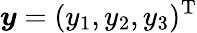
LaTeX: \boldsymbol{y}=(y_{1},y_{2},y_{3})^{\textrm{T}}